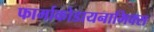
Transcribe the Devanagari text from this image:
फार्माकोडायनामिक्स